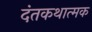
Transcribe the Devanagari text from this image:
दंतकथात्मक